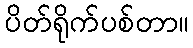
ပိတ်ရိုက်ပစ်တာ။